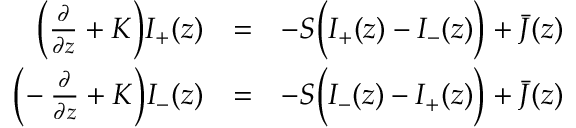
\begin{array} { r l r } { \bigg ( \frac { \partial } { \partial z } + K \bigg ) I _ { + } ( z ) } & { = } & { - S \bigg ( I _ { + } ( z ) - I _ { - } ( z ) \bigg ) + \bar { \cal J } ( z ) } \\ { \bigg ( \! - \frac { \partial } { \partial z } + K \bigg ) I _ { - } ( z ) } & { = } & { - S \bigg ( I _ { - } ( z ) - I _ { + } ( z ) \bigg ) + \bar { \cal J } ( z ) } \end{array}